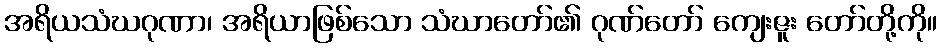
အရိယသံဃဂုဏာ၊ အရိယာဖြစ်သော သံဃာတော်၏ ဂုဏ်တော် ကျေးဇူး တော်တို့ကို။